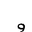
Letter: _waw